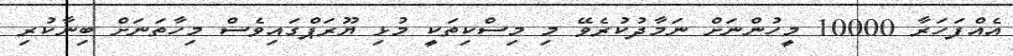
އެއްފަހަރާ 10000 މީހުންނަށް ނަމާދުކުރެވޭ މި މިސްކިތަކީ މުޅި ޔޫރަޕްގައިވެސް މިހާތަނަށް ބިނާކުރި